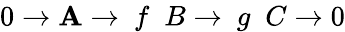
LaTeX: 0\to\mathbf{A}\; {\xrightarrow{}{{\ f\ }}}\; B\; {\xrightarrow{}{{\ g\ }}}\; C\to0